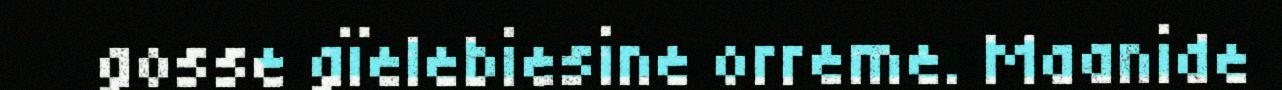
gosse gïelebiesine orreme. Maanide